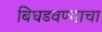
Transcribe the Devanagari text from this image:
बिघडवण्याचा